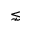
\lnsim